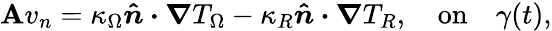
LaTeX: \mathbf{A}v_{n}=\kappa_{\Omega}\boldsymbol{\hat{{n}}\cdot\nabla}T_{\Omega}-\kappa_{R}\boldsymbol{\hat{{n}}\cdot\nabla}T_{R},\quad\mathrm{{on}}\quad\gamma(t),